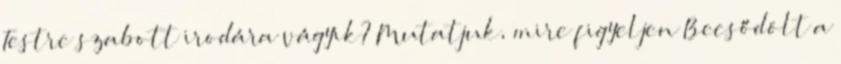
Testre szabott irodára vágyik? Mutatjuk, mire figyeljen Becsődölt a